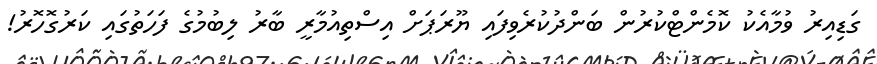
ގަޑިއިރު ވުމާއެކު ކޮމެންޓްކުރުން ބަންދުކުރެވިފައި ޔޫރަޕަށް އިސްތިއުމާރީ ބާރު ލިބުމުގެ ފަހަތުގައި ކަރުގޮހޮރު!